Civil Veterinary Department. Madras. Admin. report 1926-33 - 1926-1933
Year: 1926
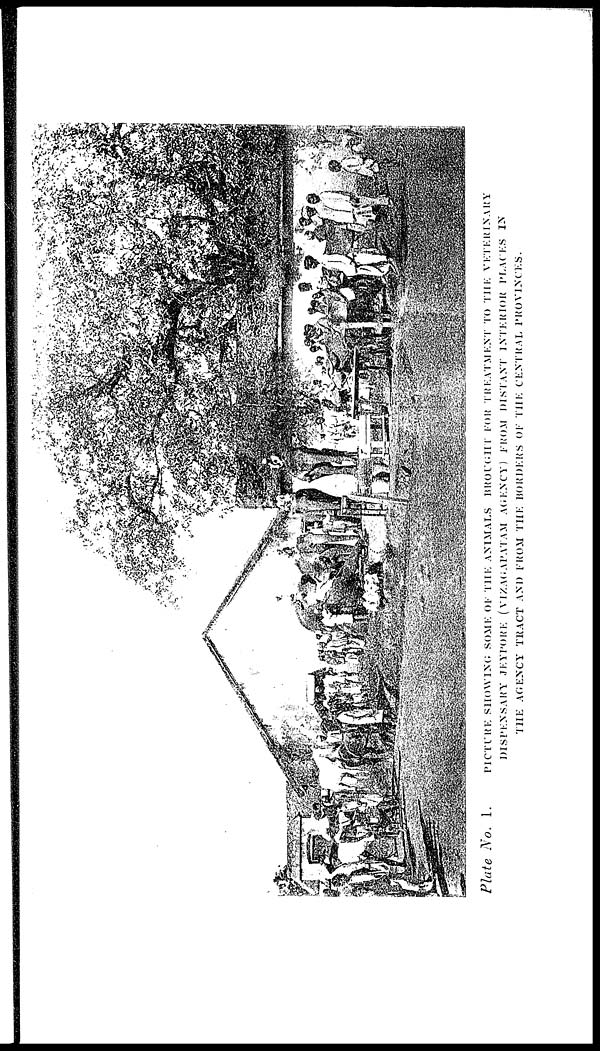
Plate No.
1.
PICTURE
SHOWING
SOME
OF THE ANIMALS BROUGHT FOR TREATMENT TO THE VETERINARY
DISPENSARY JEYPORE ( VIZAGAPATAM AGENCY) FROM DISTANT INTERIOR PLACES IN
THE AGENCY TRACT AND FROM THE BORDERS OF THE CENTRAL PROVINCES.